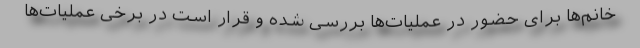
خانم‌ها برای حضور در عملیات‌ها بررسی شده و قرار است در برخی عملیات‌ها